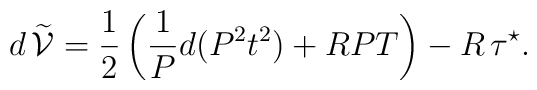
d\,\widetilde{\cal V} = {1\over 2}\left({1\over P}d(P^2t^2) + RPT\right) -R\,\tau^\star.